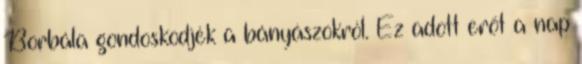
Borbála gondoskodjék a bányászokról. Ez adott erőt a nap